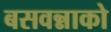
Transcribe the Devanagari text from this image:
बसवन्नाको